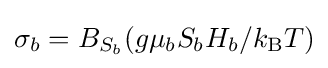
\sigma _{b}=B_{S_{b}}(g\mu _{b}S_{b}H_{b}/k_{\text{B}}T)